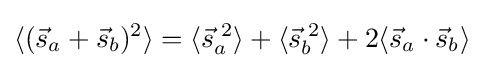
\langle ({\vec {s}}_{a}+{\vec {s}}_{b})^{2}\rangle =\langle {\vec {s}}_{a}^{\;2}\rangle +\langle {\vec {s}}_{b}^{\;2}\rangle +2\langle {\vec {s}}_{a}\cdot {\vec {s}}_{b}\rangle